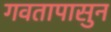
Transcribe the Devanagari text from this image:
गवतापासुन